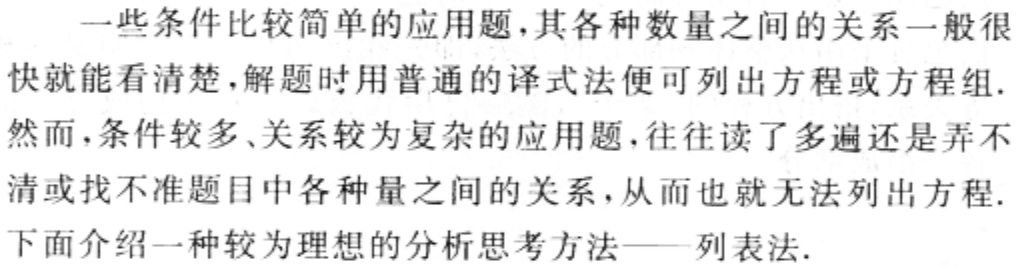
一些条件比较简单的应用题,其各种数量之间的关系一般很快就能看清楚,解题时用普通的译式法便可列出方程或方程组.
然而,条件较多、关系较为复杂的应用题,往往读了多遍还是弄不清或找不准题目中各种量之间的关系,从而也就无法列出方程.
下面介绍一种较为理想的分析思考方法——列表法.